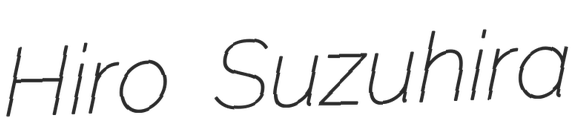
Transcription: Hiro Suzuhira